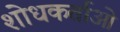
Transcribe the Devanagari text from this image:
शोधकर्ताओ